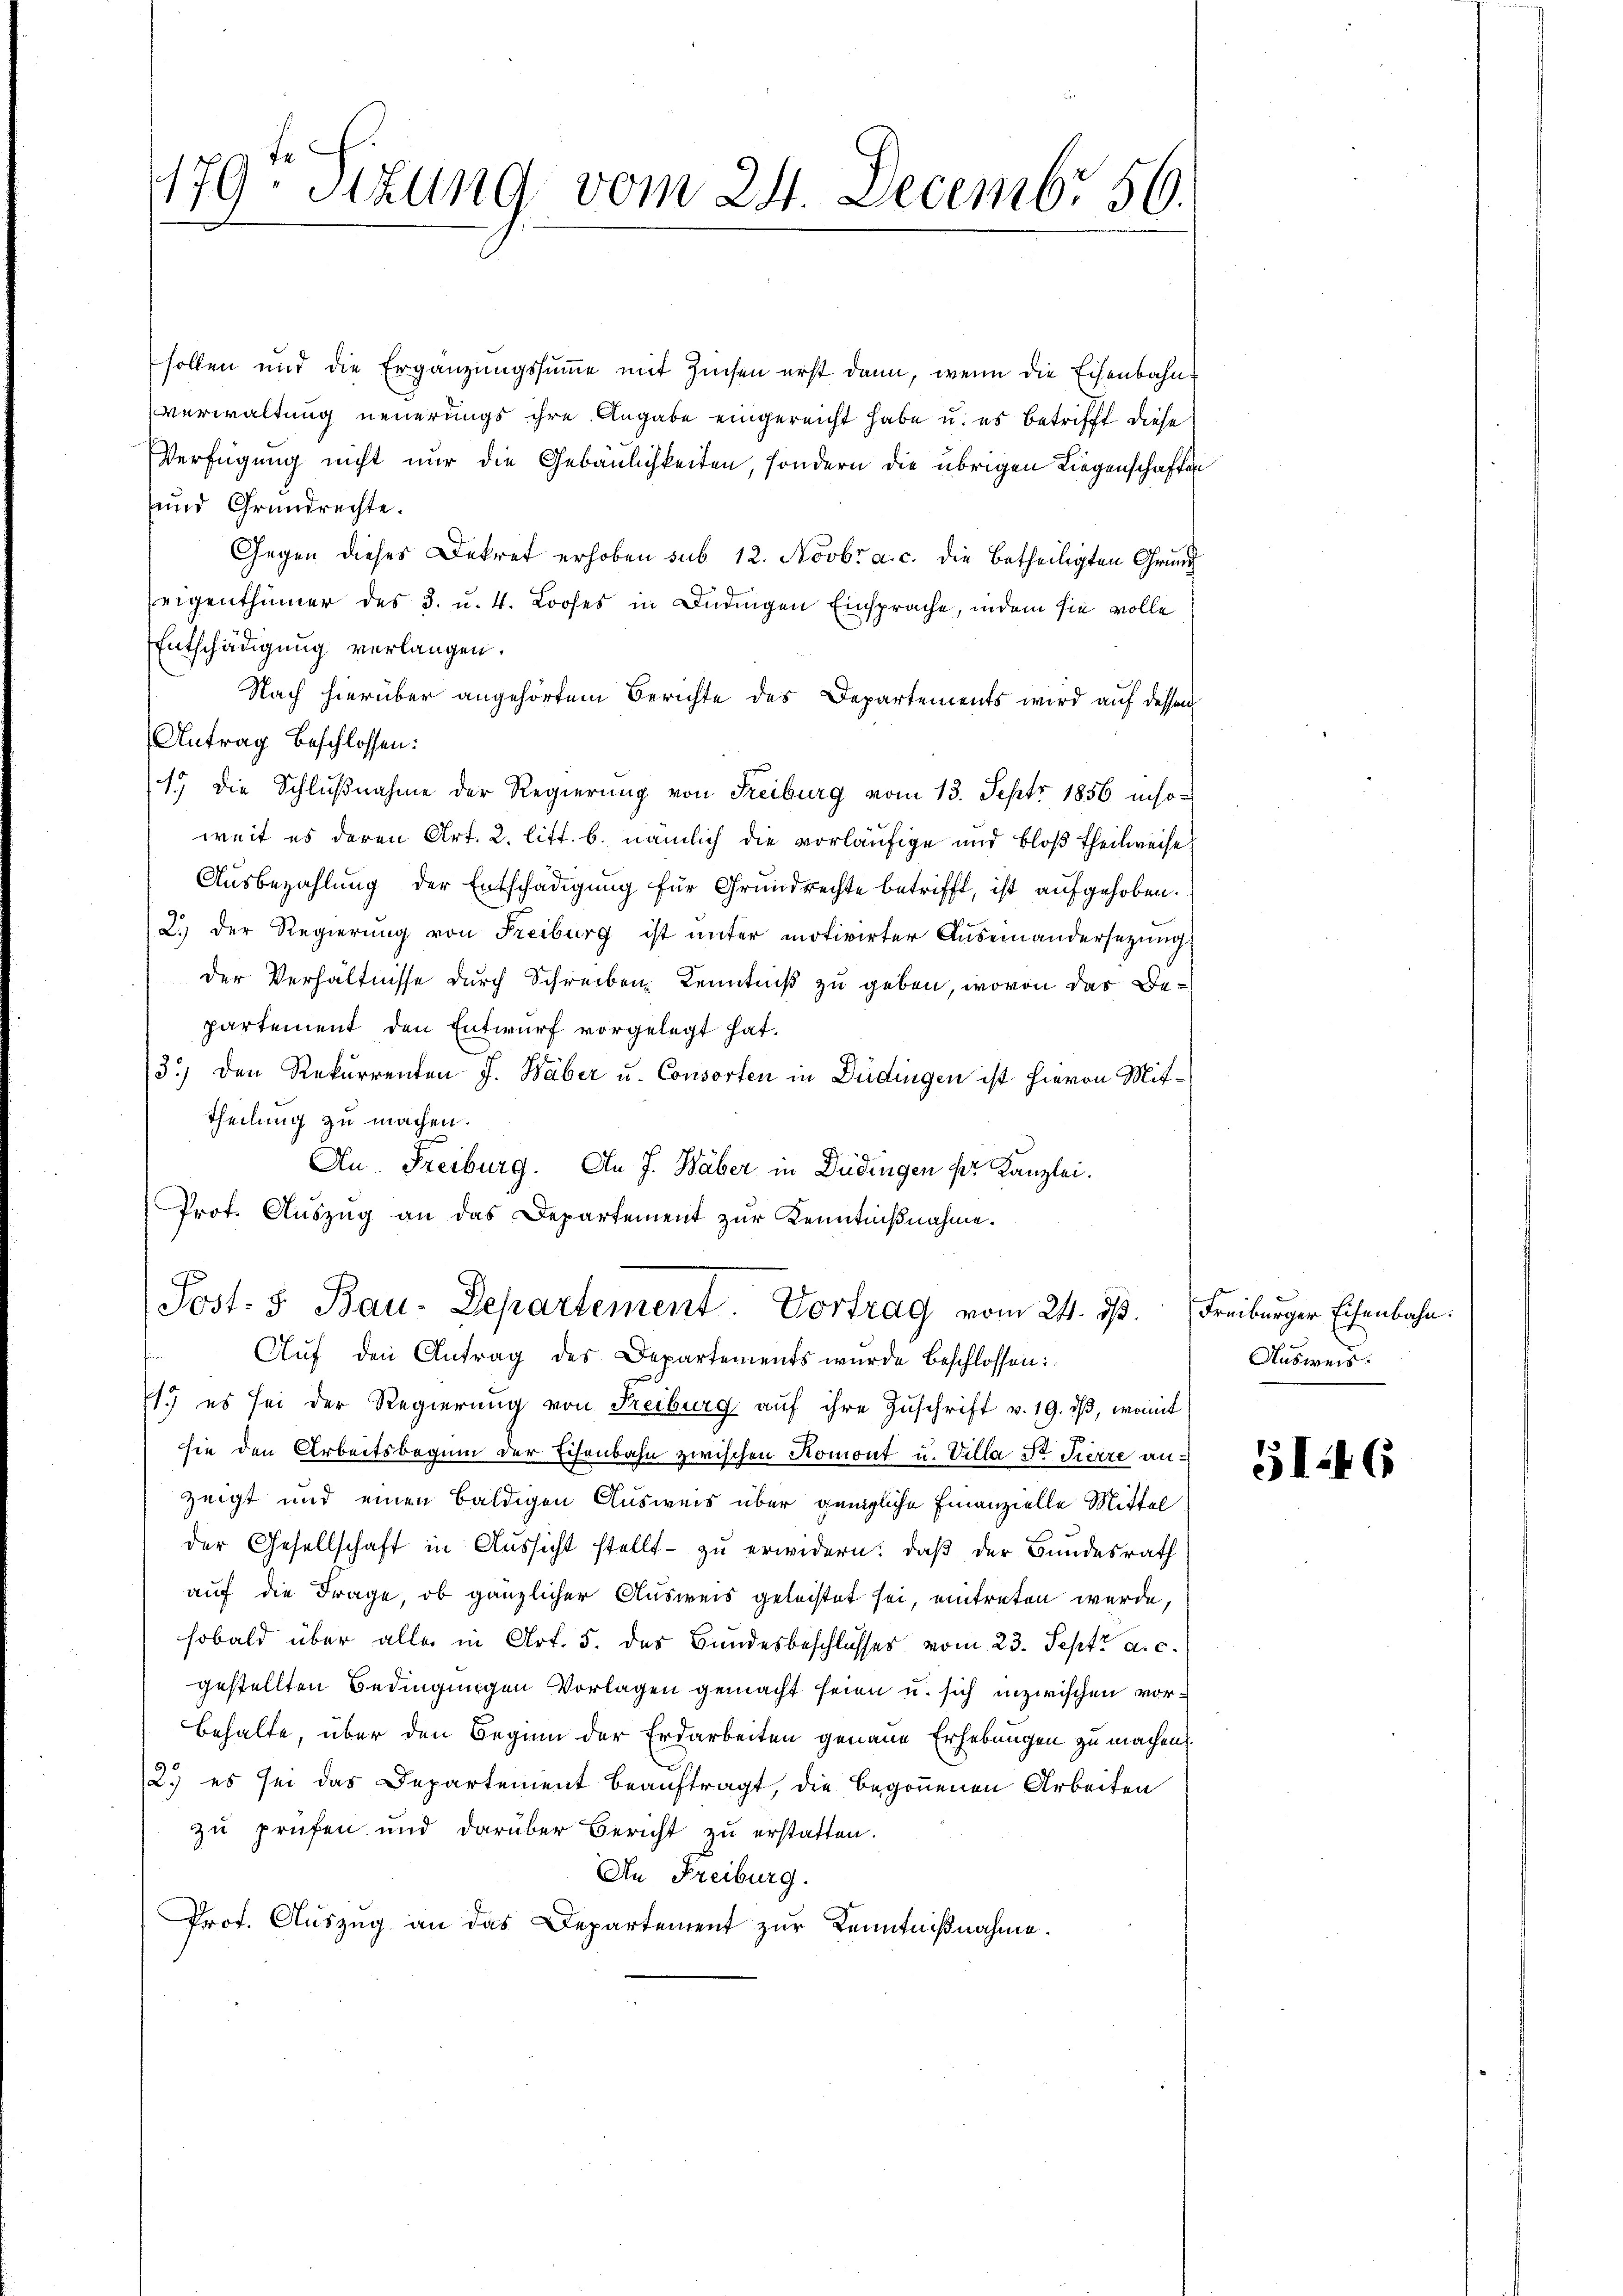
179: Stzung vom 24. Decembr 56.

sollen und die Ergänzungssumme mit Zinsen erst dann, wenn die Eisenbahnverwaltung neuerungs ihre Angabe eingereicht habe u. es betrifft diese
Verfügung nicht nur die Gebäulichkeiten, sondern die übrigen Liegenschaften
und Grundrechte.
Gegen dieses Dekret erhoben sub 12. Novbr. a. c. die betheiligten Grund
Zeigenthümer des 3. u. 4. Looses in Bedingen Einsprache, indem sie volle
Entschädigung verlangen.
Nach hierüber angehörtem Berichte des Departements wird auf dessen
Antrag beschlossen:
1) die Schlußnahme der Regierung von Freiburg vom 13. Septr 1856 inso-
weit es deren Art. 2. litt. b. nämlich die vorläufige und bloß Theilweise
Ausbezahlung der Entschädigung für Grundrechte betrifft, ist aufgehoben.
2.) Der Regierung von Freiburg ist unter motivirter Auseinandersetzung
der Verhältnisse durch Schreiben Kenntniß zu geben, wovon das Bepartement den Entwurf vorgelegt hat.
3.) Den Rekurrenten J. Haber u. Consorten in Düdingen ist hievon Mit¬
Theilung zu machen.
Au. Freiburg. An J. Haber in Düdingen pr. Kanzlei.
Prot. Aŭszŭg an das Departement zur Kenntnißnahme.
Post- 5. Bau-Departement. Vortrag vom 24. ds. Freiburger Eisenbahn.
Aŭf den Antrag des Departements wurde beschlossen:
1. es sei der Regierung von Freiburg auf ihre Zuschrift v. 19. dβ, womit
sie den Arbeitsbeginn der Eisenbahn zwischen Komont u. Villa Dr Fierze anzeigt und einen baldigen Ausweis über genigliche Finanzielle Mittel
der Gesellschaft in Aussicht stellt - zu erwidern: daß der Bundesrath
auf die Frage, ob gänzlicher Ausweis geleistet sei, eintreten werde,
sobald über alle in Art. 5. des Bundesbeschlusses vom 23. Sept. a. c.
gestellten Bedingungen Vorlagen gemacht seien u. sich inzwischen vor¬
Behalte, über den Beginn der Erdarbeiten genaue Erhebungen zu machen
2.) es sei das Departement beauftragt, die begonnenen Arbeiten
zu prüfen und darüber Bericht zu erstatten.
An Freiburg.
Prof. Aŭszŭg an das Departement zŭr Kenntniβnahme.

Ausweis.

3146